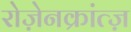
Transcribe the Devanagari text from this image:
रोज़ेनक्रांत्ज़